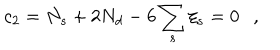
c _ { 2 } = N _ { s } + 2 N _ { d } - 6 \sum _ { s } \xi _ { s } = 0 ,